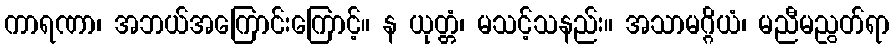
ကာရဏာ၊ အဘယ်အကြောင်းကြောင့်။ န ယုတ္တံ၊ မသင့်သနည်း။ အသာမဂ္ဂိယံ၊ မညီမညွတ်ရာ